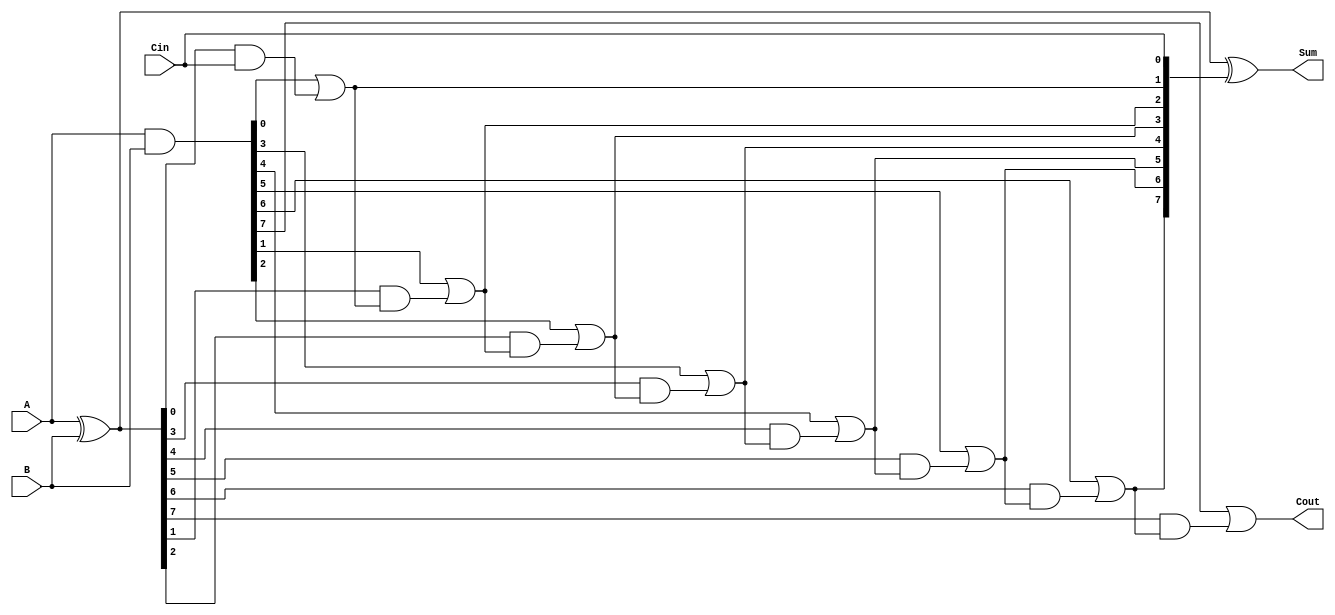
module ManchesterCarryChainAdder #(
    parameter n = 8  // width of the input and output
)(
    input wire [n-1:0] A,     // First input
    input wire [n-1:0] B,     // Second input
    input wire Cin,           // Carry-in
    output wire [n-1:0] Sum,  // Sum output
    output wire Cout          // Carry-out
);

    // Generate and propagate signals
    wire [n-1:0] G;  // Generate signals
    wire [n-1:0] P;  // Propagate signals
    wire [n:0] C;    // Carry signals (C[0] is Cin)

    // Carry-in
    assign C[0] = Cin;

    // Generate and propagate logic
    assign G = A & B;          // G[i] = A[i] & B[i]
    assign P = A ^ B;          // P[i] = A[i] ^ B[i]

    // Manchester Carry Chain Logic
    genvar i;
    generate
        for (i = 0; i < n; i = i + 1) begin : carry_chain
            if (i == 0) begin
                assign C[i+1] = G[i] | (P[i] & C[i]);  // C[1] = G[0] | (P[0] & C[0])
            end else begin
                assign C[i+1] = G[i] | (P[i] & C[i]);  // C[i+1] = G[i] | (P[i] & C[i])
            end
        end
    endgenerate

    // Sum calculation
    assign Sum = P ^ C[n-1:0];  // Sum[i] = P[i] ^ C[i]

    // Carry-out is the last carry
    assign Cout = C[n];

endmodule